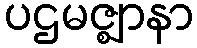
ပဌမဇ္ဈာနာ